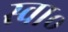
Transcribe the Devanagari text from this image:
स्वा॰